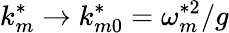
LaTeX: k_{m}^{*}\to k_{m0}^{*}=\omega_{m}^{*2}/g